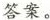
答案。